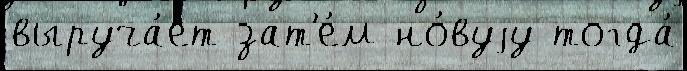
выруча́ет зат'е́м но́вуjу тогда́